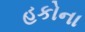
હકોના